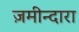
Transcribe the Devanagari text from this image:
ज़मीन्दारा